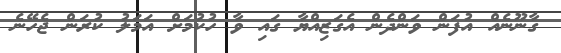
ގާނޫނެއް އުފަން ވަންދެން އެގަޒިއްޔާ ގައި ވާ ހުކުމަށް އަމަލު ކުރަން ޖެހޭނެ